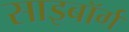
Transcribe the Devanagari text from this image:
साइबाॅर्ग